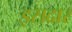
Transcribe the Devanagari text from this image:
इसदार